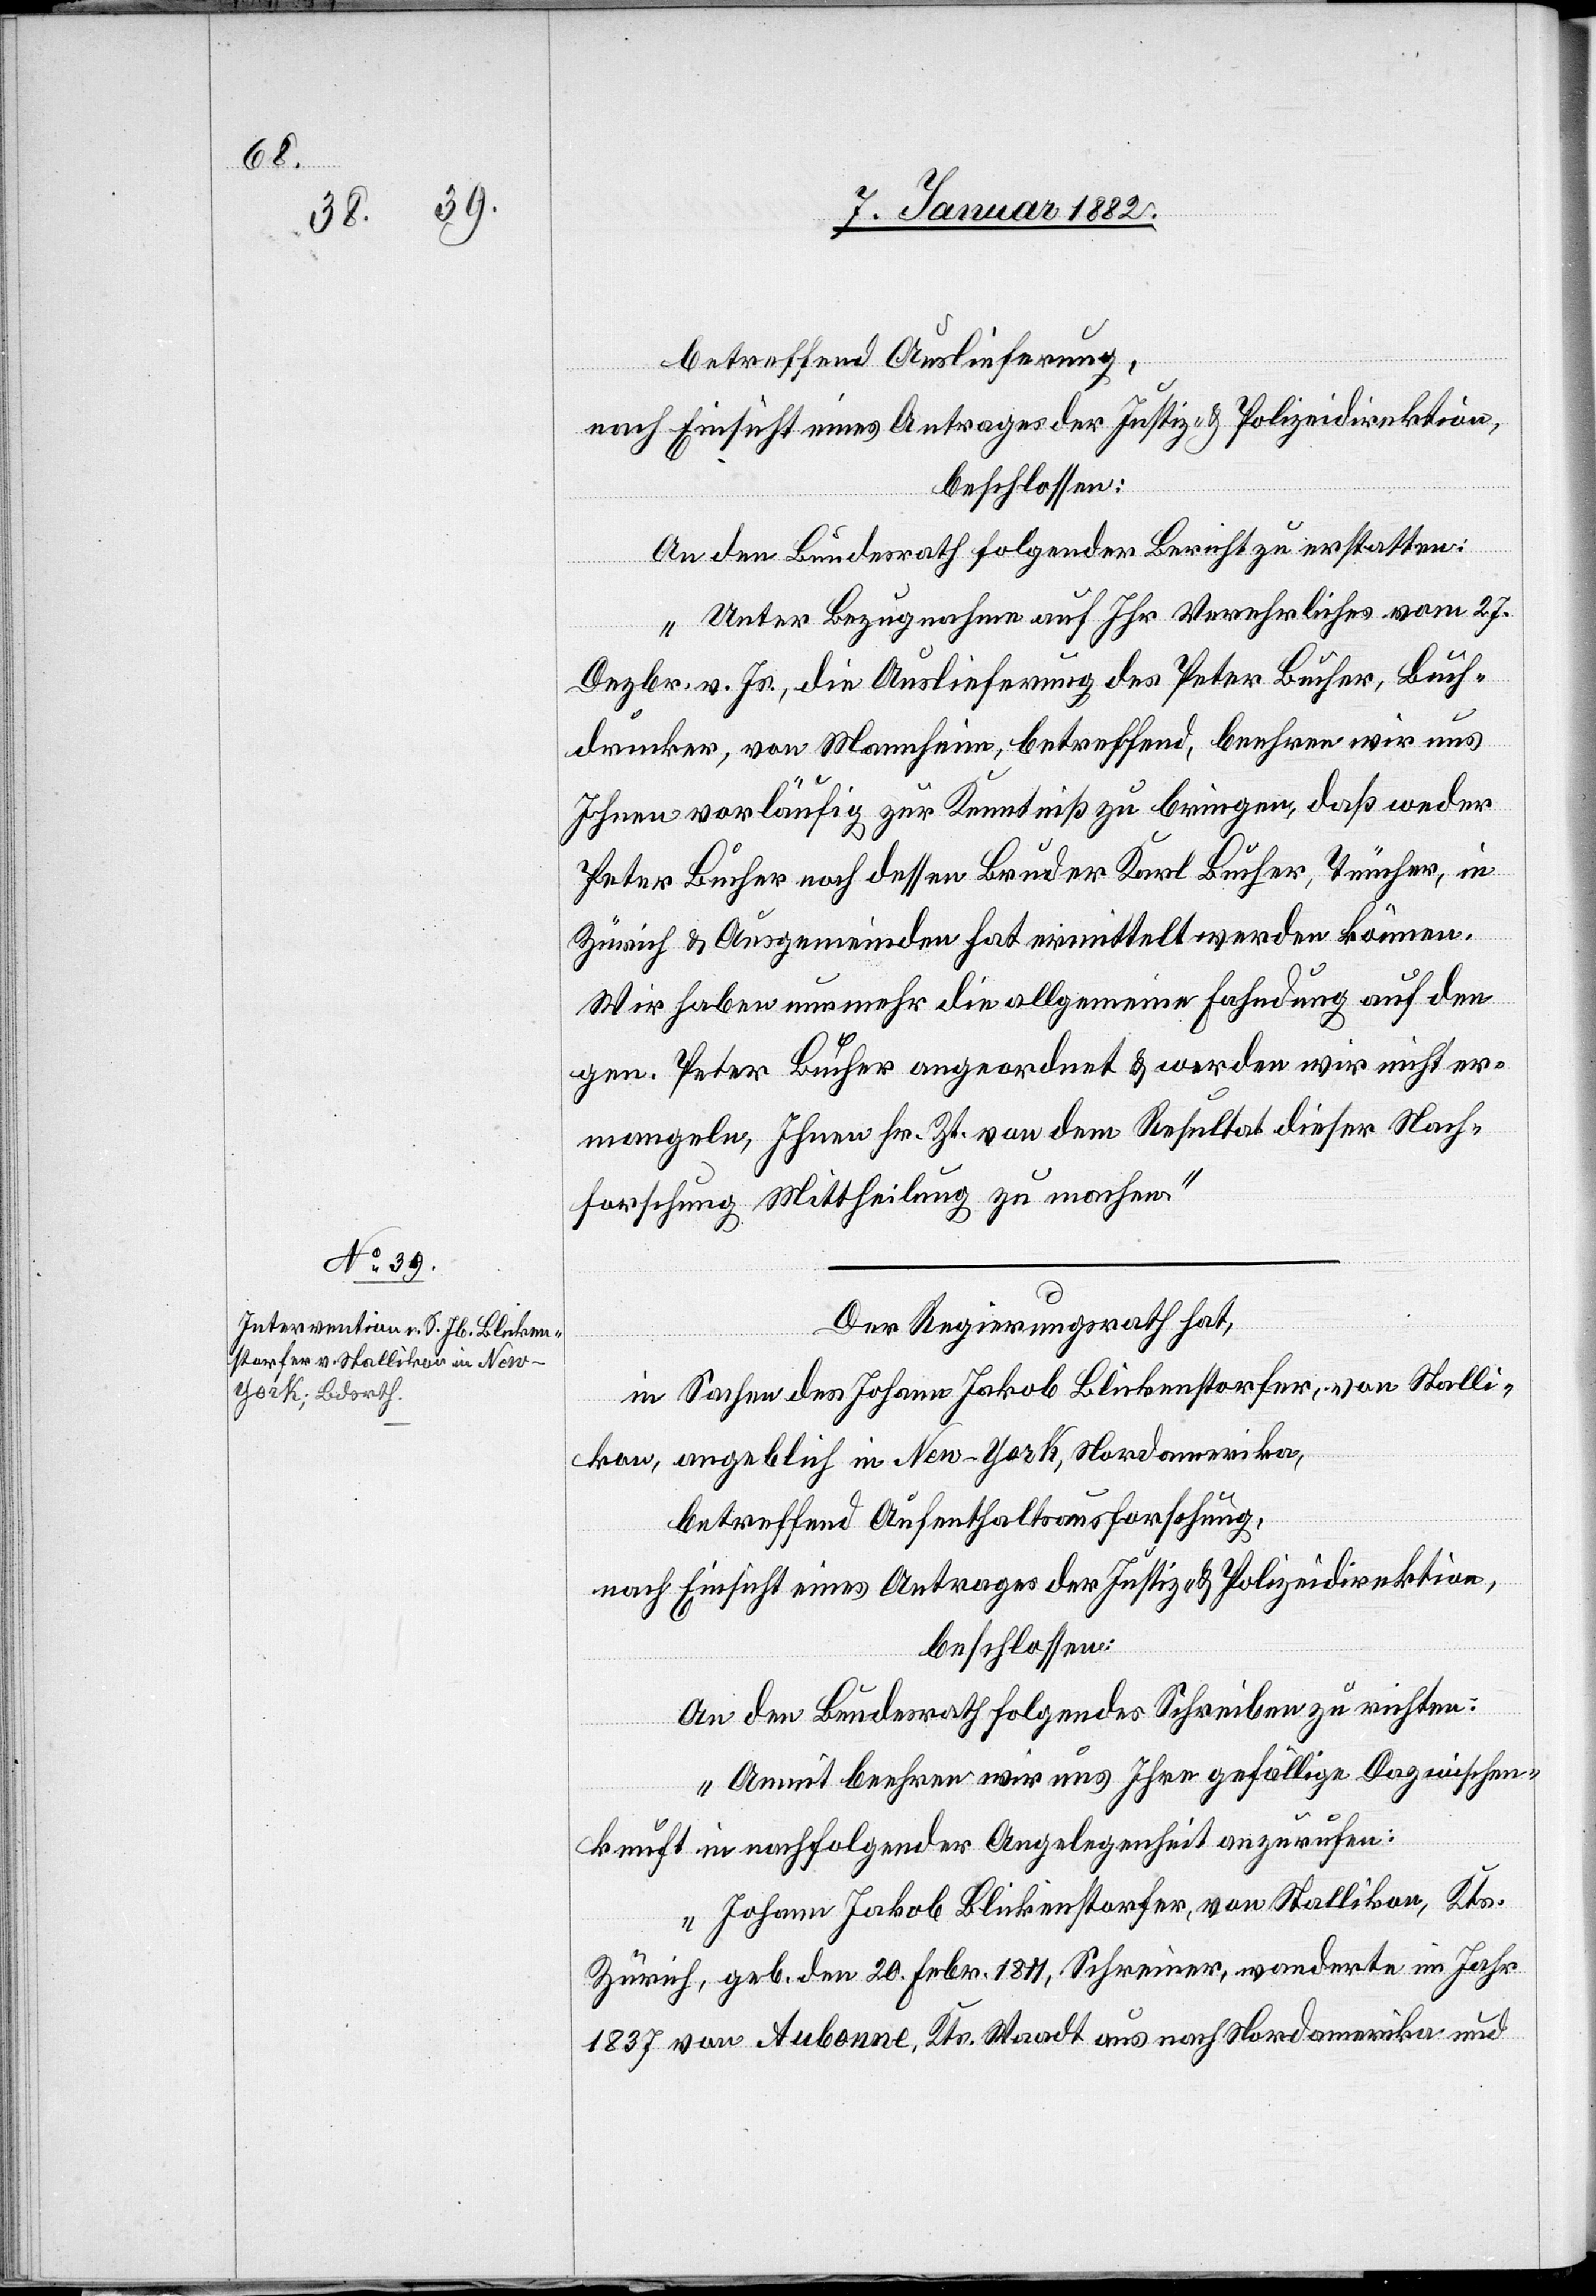
10. Januar 1882.]
betreffend Auslieferung,
nach Einsicht eines Antrages der Justiz- & Polizeidirektion,
beschlossen:
An den Bundesrath folgender Bericht zu erstatten:
„Unter Bezugnahme auf Ihr Verehrliches vom 27.
Dezbr. v. Js., die Auslieferung des Peter Bucher, Buch¬
drucker, von Mannheim, betreffend, beehren wir uns
Ihnen vorläufig zur Kenntniß zu bringen, daß weder
Peter Bucher noch dessen Bruder Karl Bucher, Tüncher, in
Zürich & Ausgemeinden hat ermittelt werden können.
Wir haben nurmehr die allgemeine Fahndung auf den
gen. Peter Bucher angeordnet & werden wir nicht er¬
mangeln, Ihnen sr. Zt. von dem Resultat dieser Nach¬
forschung Mittheilung zu machen.“
Der Regierungsrath hat,
in Sachen des Johann Jakob Blickenstorfer, von Stalli¬
kon, angeblich in New-York, Nordamerika,
betreffend Aufenthaltsausforschung,
nach Einsicht eines Antrages der Justiz- & Polizeidirektion,
beschlossen:
An den Bundesrath folgendes Schreiben zu richten:
„Anmit beehren wir uns Ihre gefällige Dazwischen¬
kunft in nachfolgender Angelegenheit anzurufen:
Johann Jakob Blickenstorfer, von Stallikon, Kts.
Zürich, geb. den 20. Febr. 1811, Schreiner, wanderte im Jahr
1837 von Aubonne, Kts. Waadt aus nach Nordamerika und